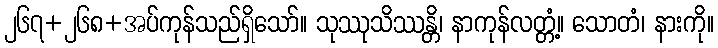
၂၆၇+၂၆၈+အပ်ကုန်သည်ရှိသော်။ သုဿုသိဿန္တိ၊ နာကုန်လတ္တံ့။ သောတံ၊ နားကို။